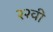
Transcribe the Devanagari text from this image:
२२वी